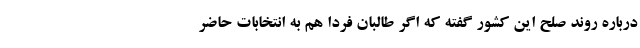
درباره روند صلح این کشور گفته که اگر طالبان فردا هم به انتخابات حاضر